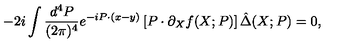
- 2 i \int \frac { d ^ { 4 } P } { ( 2 \pi ) ^ { 4 } } e ^ { - i P \cdot ( x - y ) } \left[ P \cdot \partial _ { X } f ( X ; P ) \right] \hat { \Delta } ( X ; P ) = 0 ,